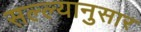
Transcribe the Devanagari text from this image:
सल्ल्‍यानुसार